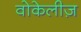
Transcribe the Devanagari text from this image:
वोकेलीज़